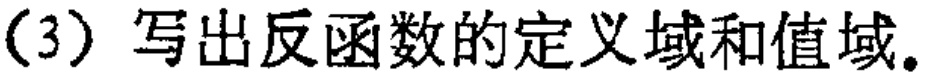
(3) 写出反函数的定义域和值域。